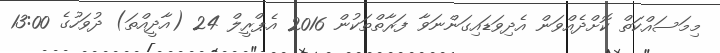
މިމަސައްކަތް ކޮށްދެއްވަން އެދިވަޑައިގަންނަވާ ފަރާތްތަކުން 2016 އެޕްރީލް 24 (އާދީއްތަ) ދުވަހުގެ 13:00